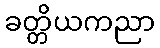
ခတ္တိယကညာ